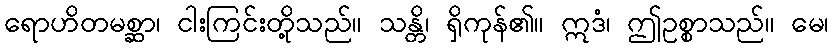
ရောဟိတမစ္ဆာ၊ ငါးကြင်းတို့သည်။ သန္တိ၊ ရှိကုန်၏။ ဣဒံ၊ ဤဥစ္စာသည်။ မေ၊